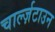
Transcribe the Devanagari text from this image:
चार्ल्ज़टाउन